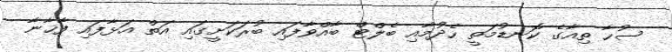
ސުހާ ތިއާގެ ކޮނޑުމަތީ ހެދުމާއި ބެލްޓް ބާއްވާފައި ބުރަކަށީގައި އަތް އަޅާފައި ފާޚާނާ